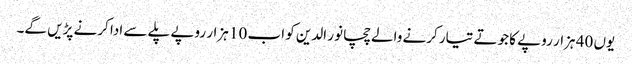
یوں 40 ہزار روپے کا جوتے تیار کرنے والے چچا نور الدین کو اب 10 ہزار روپے پلے سے ادا کرنے پڑیں گے۔